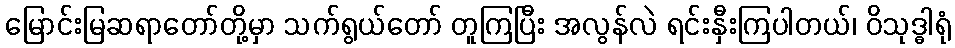
မြောင်းမြဆရာတော်တို့မှာ သက်ရွယ်တော် တူကြပြီး အလွန်လဲ ရင်းနှီးကြပါတယ်၊ ဝိသုဒ္ဓါရုံ